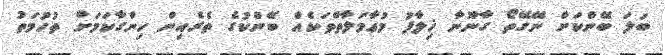
ބަލަ ބޭންކަށް ނޭގޭތޯ ގާނޫނާ ޚިލާފު މުޢާމަލާތްތަކެއް ބޭންކުގެ ތެރެއިން ހިންގާކަމަށް ތުހުމަތު